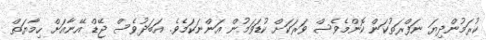
ކުރަމުންދިޔަ ނަފްރަތުކަން ކޮންމެވެސް ވަރަކަށް ކުޑަވަމުން އަންނަކަމެވެ. އަބަދުވެސް ޖޭޑް އޭނާއަށް ހިމާޔަތް